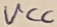
Text: VCC